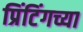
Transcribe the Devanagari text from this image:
प्रिंटिंगच्या